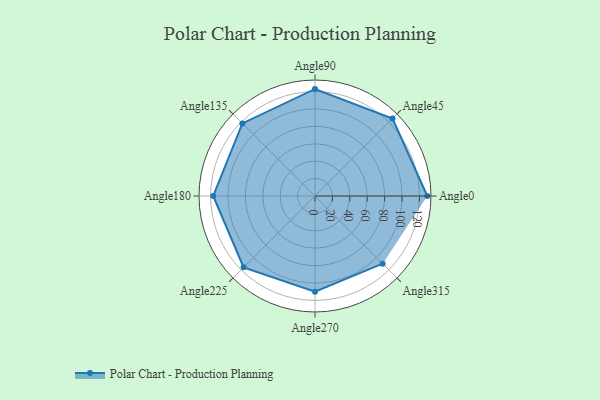
{"axis": {"x": "Angle", "y": "Radius"}, "legend": [""], "data": [{"x": "Angle0", "y": 129.0, "type": ""}, {"x": "Angle45", "y": 126.0, "type": ""}, {"x": "Angle90", "y": 123.0, "type": ""}, {"x": "Angle135", "y": 118.0, "type": ""}, {"x": "Angle180", "y": 117.0, "type": ""}, {"x": "Angle225", "y": 116.0, "type": ""}, {"x": "Angle270", "y": 110.0, "type": ""}, {"x": "Angle315", "y": 110.0, "type": ""}]}